Civil Veterinary Department Bengal reports 1933-51 - 1933-1951
Year: 1933
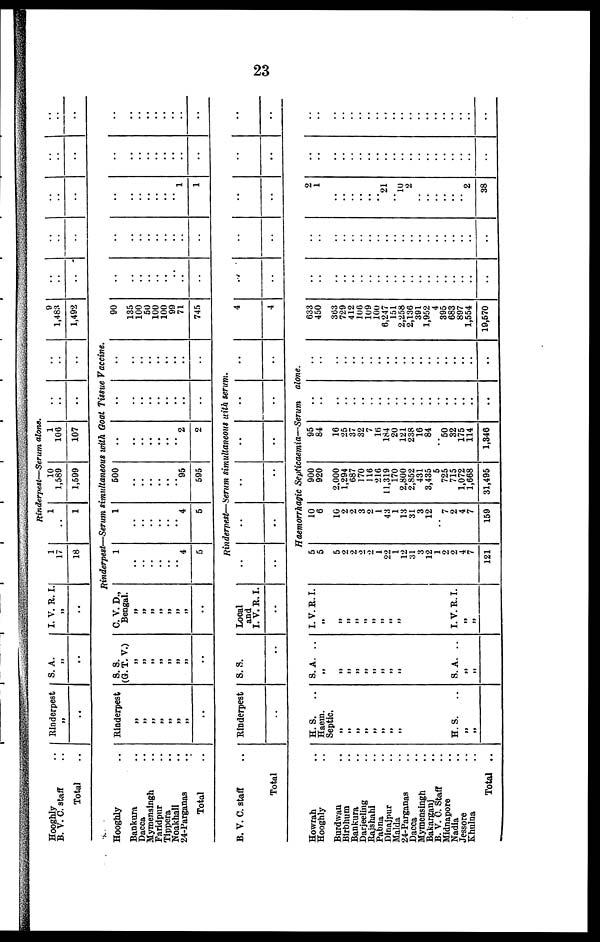
23
Hooghly ..
B. V. C. staff ..
Total
Hooghly ..
Bankura ..
Dacca..
Mymensingh ..
Faridpur ..
Tippera ..
Noakhali ..
24-Parganas ..
Total ..
B. V. C. staff ..
Total
Howrah ..
Hooghly ..
Burdwan ..
Birbhum ..
Bankura ..
Darjeeling ..
Rajshahi ..
Pabna ..
Dinajpur ..
Malda ..
24-Parganas ..
Dacca ..
Mymensingh ..
Bakarganj ..
B. V. C. Staff ..
Midnapore ..
Nadia ..
Jessore ..
Khulna ..
Total ..
Rinderpest
..
Rinderpest
„
„ „
„
„
„
„
..
Rinderpest
..
H. S. ..
Haem.
Septic.
„
„
„
„
„
„
„
„
„
„
„
„
„
„ H. S.
„ „
S. A.
„
..
S. S.
(G. T. V.)
„
„ „ „
„
„
„ „
..
S. S.
..
S. A. ..
„
„
„
„ „
„
„
„
„
„
„
„
„
„
„ S. A. ..
„ „
I. V. R. I
„
..
1
17
18
Rinderpest—Serum alone.
1
..
1
10
1,589
1,599
1
106
107
..
..
..
..
..
..
Rinderpest.—Serum simultaneous with Goat Tissue Vaccine.
C. V. D.,
Bengal.
„
„
„
„
„
„
„
..
Local
and
I. V. R. I.
..
I. V.R.I.
„
„
„
„
„
„
„
„
„
„
„
„
„
„
„ I. V. R. I.
„
„
1
..
..
..
..
..
..
4
5
1
..
..
..
..
..
..
4
5
500
..
..
..
..
..
.. 95
595
..
..
..
..
..
..
..
2
2
..
..
..
..
..
..
..
..
..
..
..
..
..
..
..
..
..
..
Rinderpest—Serum simultaneous with serum.
..
..
..
..
..
..
..
..
..
..
..
..
Haemorrhagic Septicaemia—Serum
alone.
5
5
5
2
2
2
2
1
22
l
12
31
3
12
1
2
2
4
7
121
10
6
10
2
2
3
2
1
43
1
13
31
3
12
..
7
2
4
7
159
900
920
2.000
1,294
687
170
116
216
11,319
170
2,800
2,852
431
3,435
5
725
715
1,072
1,668
31,495
95
84
16
25
37
32
7
16
184
20
121
238
16
84
.. 50
32
175
114
1,346
..
..
..
..
.. ..
..
..
..
..
..
..
..
..
..
..
..
..
..
..
..
..
..
..
..
..
..
..
..
..
..
..
..
..
..
..
..
..
..
..
9
1,483
1,492
90
135
100
50
100
100
99
71
745
4
4
633
450
363
729
412
106
109
100
6,247
151
2,258
2,136
391
1,952
4
395
683
897
1,554
19,570
..
..
..
..
..
..
..
..
..
..
..
..
..
..
..
..
..
..
..
..
..
..
..
..
....
..
..
..
..
..
..
..
..
..
..
..
..
..
..
..
..
..
..
..
..
..
..
..
..
..
..
..
..
..
..
..
..
..
..
..
..
..
..
..
..
..
..
..
..
..
..
..
.. ..
..
1
1
..
..
2
1
..
..
..
..
..
.. 21
.. l0
2
..
..
..
..
..
2
38
..
..
..
..
.. ..
..
..
..
..
..
..
..
..
..
..
..
..
..
..
..
..
..
..
..
..
..
..
..
..
..
..
..
..
..
..
..
..
..
..
..
..
..
..
..
..
..
..
..
..
..
..
..
..
..
..
.. ..
..
..
..
..
..
..
..
..
..
..
..